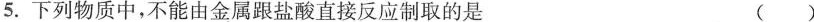
5.下列物质中，不能由金属跟盐酸直接反应制取的是 ()